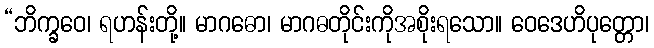
“ဘိက္ခဝေ၊ ရဟန်းတို့။ မာဂဓော၊ မာဂဓတိုင်းကိုအစိုးရသော။ ဝေဒေဟိပုတ္တော၊